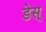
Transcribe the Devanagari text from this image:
डेस्